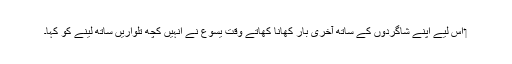
‏ اِس لیے اپنے شاگردوں کے ساتھ آخری بار کھانا کھاتے وقت یسوع نے اُنہیں کچھ تلواریں ساتھ لینے کو کہا۔